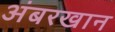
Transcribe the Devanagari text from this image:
अंबरखान